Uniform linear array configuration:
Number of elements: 8
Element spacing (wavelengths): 0.25
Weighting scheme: binomial
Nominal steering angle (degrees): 0
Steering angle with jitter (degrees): -0.6514
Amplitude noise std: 0.05
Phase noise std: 0.05

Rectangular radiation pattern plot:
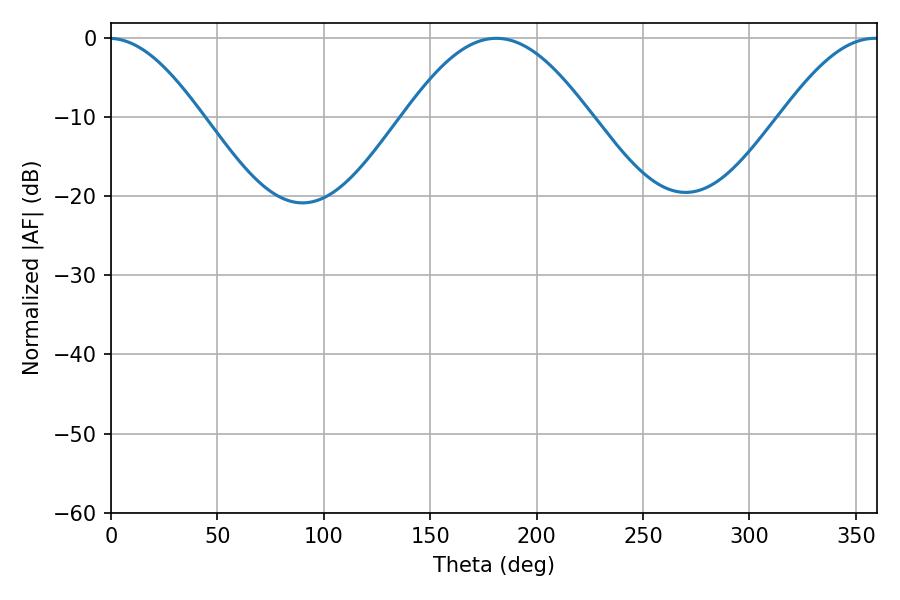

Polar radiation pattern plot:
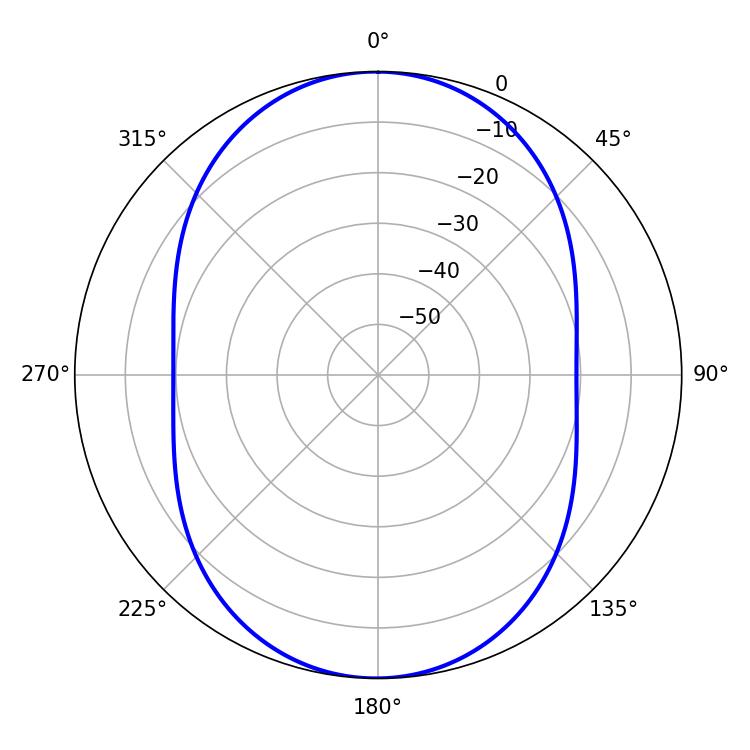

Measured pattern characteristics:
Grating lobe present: FALSE
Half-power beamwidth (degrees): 46.98
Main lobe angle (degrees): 181.08